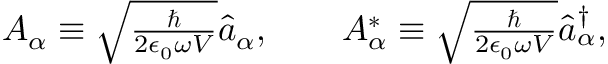
\begin{array} { r } { A _ { \alpha } \equiv \sqrt { \frac { \hbar } { 2 \epsilon _ { 0 } \omega V } } \hat { a } _ { \alpha } , \ \ \ \ \ \ A _ { \alpha } ^ { * } \equiv \sqrt { \frac { \hbar } { 2 \epsilon _ { 0 } \omega V } } \hat { a } _ { \alpha } ^ { \dag } , } \end{array}